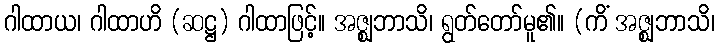
ဂါထာယ၊ ဂါထာဟိ (ဆဋ္ဌ) ဂါထာဖြင့်။ အဇ္ဈဘာသိ၊ ရွတ်တော်မူ၏။ (ကိံ အဇ္ဈဘာသိ၊